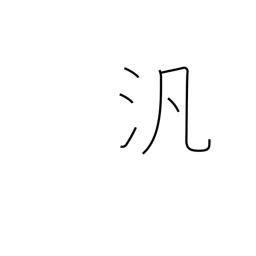
Meaning: pan-